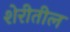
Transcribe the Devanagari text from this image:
शेरीतील